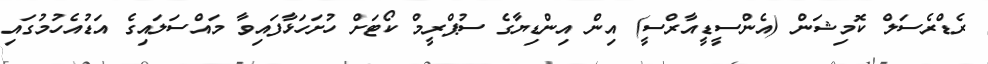
ރެޑްރެސަލް ކޮމިޝަން (އެންސީޑީއާރްސީ) އިން އިންޑިޔާގެ ސުޕްރީމް ކޯޓަށް ހުށަހަޅާފައިވާ މައްސަލައިގެ އަޑުއެހުމުގައި